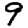
Digit: 9